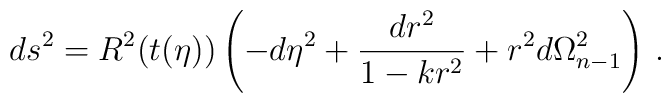
ds^2 = R^2(t(\eta)) \left(-d\eta^2+{dr^2\over 1-kr^2}+r^2d\Omega^2_{n-1}\right) \,.